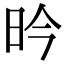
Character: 昑